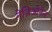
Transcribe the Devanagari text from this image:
नेज़िओनेल